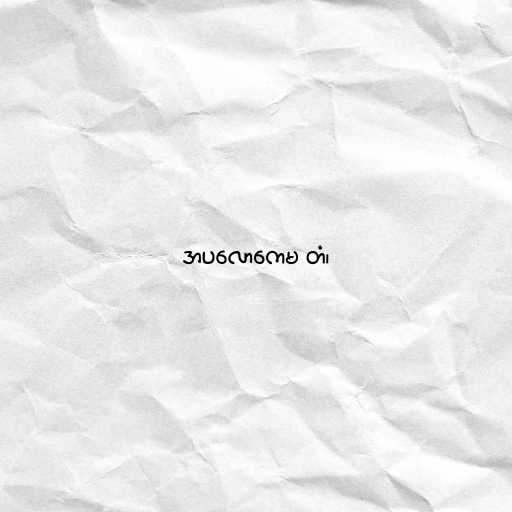
အပလောကေမ တံ၊